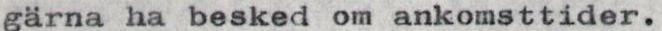
gärna ha besked om ankomsttider.